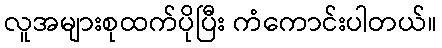
လူအများစုထက်ပိုပြီး ကံကောင်းပါတယ်။